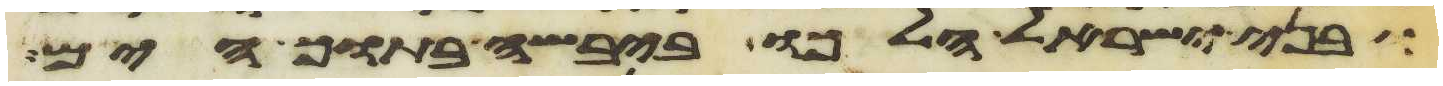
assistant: ובני ישראל הלכו ביבשה בתוך הים